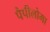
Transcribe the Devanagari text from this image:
पैपीलोमा